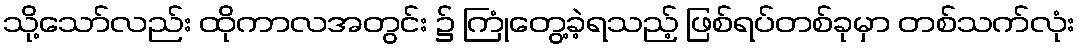
သို့သော်လည်း ထိုကာလအတွင်း ၌ ကြုံတွေ့ခဲ့ရသည့် ဖြစ်ရပ်တစ်ခုမှာ တစ်သက်လုံး